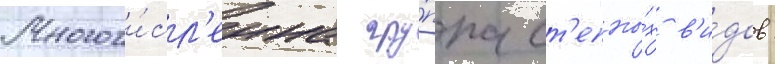
Многочи́сл'енна гру́ппа ст'епны́х в'и́дов: